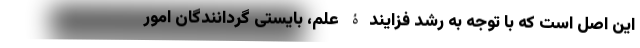
این اصل است که با توجه به رشد فزایندۀ علم، بایستی گردانندگان امور